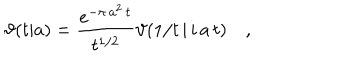
\vartheta ( t | a ) = \frac { e ^ { - \pi \, a ^ { 2 } \, t } } { t ^ { 1 / 2 } } \vartheta ( 1 / t \, | \, i \, a \, t ) \quad ,